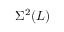
\Sigma ^ { 2 } ( L )